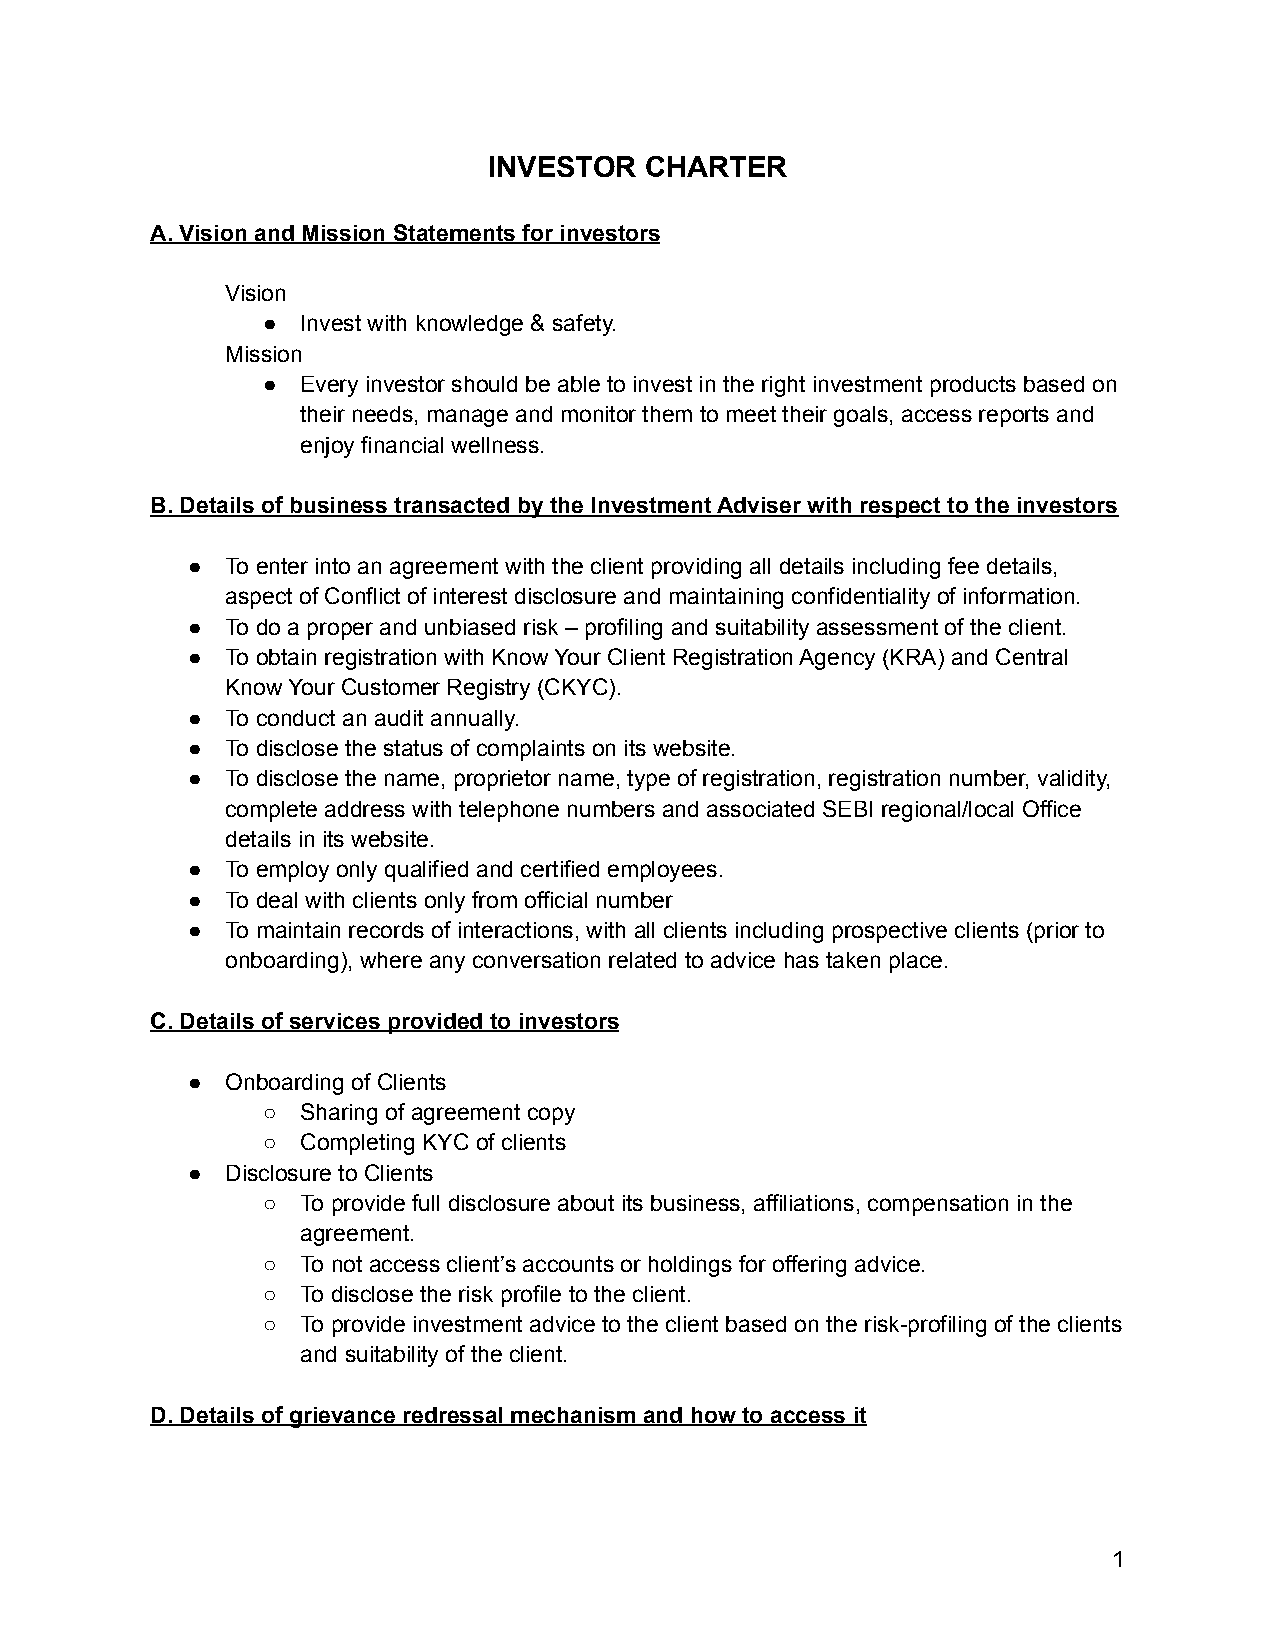
INVESTOR   CHARTER
 A. Vision and Mission Statements for investors
 Vision
 ●  Invest with knowledge & safety.
 Mission
 ●  Every investor should be able to invest in the right investment products based on
 their needs, manage and monitor them to meet their goals, access reports and
 enjoy financial wellness.
 B. Details of business transacted by the Investment Adviser with respect to the investors
 ●  To enter into an agreement with the client providing all details including fee details,
 aspect of Conflict of interest disclosure and maintaining confidentiality of information.
 ●  To do a proper and unbiased risk – profiling and suitability assessment of the client.
 ●  To obtain registration with Know Your Client Registration Agency (KRA) and Central
 Know Your Customer Registry (CKYC).
 ●  To conduct an audit annually.
 ●  To disclose the status of complaints on its website.
 ●  To disclose the name, proprietor name, type of registration, registration number, validity,
 complete address with telephone numbers and associated SEBI regional/local Office
 details in its website.
 ●  To employ only qualified and certified employees.
 ●  To deal with clients only from official number
 ●  To maintain records of interactions, with all clients including prospective clients (prior to
 onboarding), where any conversation related to advice has taken place.
 C. Details of services provided to investors
 ●  Onboarding of Clients
 ○  Sharing of agreement copy
 ○  Completing KYC of clients
 ●  Disclosure to Clients
 ○  To provide full disclosure about its business, affiliations, compensation in the
 agreement.
 ○  To not access client’s accounts or holdings for offering advice.
 ○  To disclose the risk profile to the client.
 ○  To provide investment advice to the client based on the risk-profiling of the clients
 and suitability of the client.
 D. Details of grievance redressal mechanism and how to access it
 1